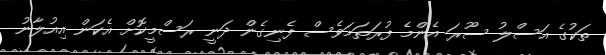
ތަކުގެ އަސްލު ސޫރަ އެންމެ ފުރަތަމަވެސް ފެނިގެން ދަނީ ރަސްމީކޮށް އެކަން އިއުލާނު